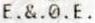
E.&.0.E.